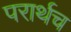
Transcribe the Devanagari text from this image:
परार्थच